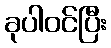
ခုပါဝင်ပြီး